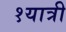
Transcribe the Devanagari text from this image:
१यात्री